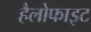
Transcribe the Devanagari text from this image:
हैलोफाइट